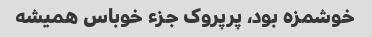
خوشمزه بود، پرپروک جزء خوباس همیشه